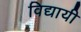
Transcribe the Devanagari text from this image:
विद्यायी